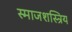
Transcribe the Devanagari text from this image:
स्माजशस्त्रिय